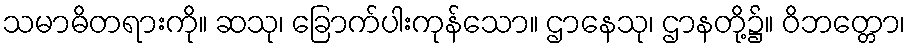
သမာဓိတရားကို။ ဆသု၊ ခြောက်ပါးကုန်သော။ ဌာနေသု၊ ဌာနတို့၌။ ဝိဘတ္တော၊